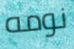
نومه